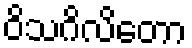
ဝိသဂိလိတော